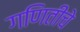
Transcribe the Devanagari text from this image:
गणितीचे